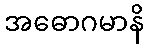
အဓောဂမာနိ